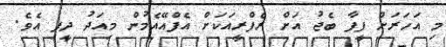
މި އަހަރަށް ފީފާ ބެޖު އަށް ރެފްރީއަކަށް އެފްއޭއެމުން މިއަދު ދީފި އެވެ.